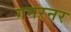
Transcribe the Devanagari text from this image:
गनरनर